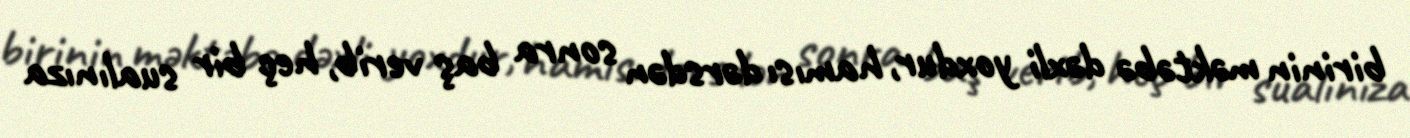
birinin məktəbə dəxli yoxdur, hamısı dərsdən sonra baş verib, heç bir sualınıza